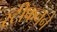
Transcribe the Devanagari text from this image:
स्टीफनने